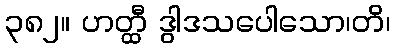
၃၈၂။ ဟတ္ထီ ဒွါဒသပေါသော၊တိ၊